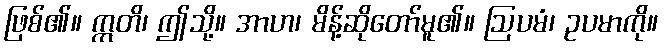
ဖြစ်၏။ ဣတိ၊ ဤသို့။ အာဟ၊ မိန့်ဆိုတော်မူ၏။ ဩပမံ၊ ဥပမာကို။